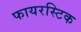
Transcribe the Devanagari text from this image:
फायरस्टिक